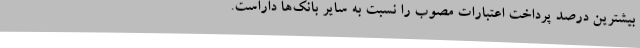
بیشترین درصد پرداخت اعتبارات مصوب را نسبت به سایر بانک‌ها داراست.